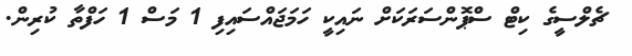
ޗެލްސީގެ ކިޓް ސްޕޮންސަރަކަށް ނައިކީ ހަމަޖައްސައިފި 1 މަސް 1 ހަފްތާ ކުރިން.